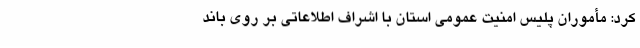
کرد: مأموران پلیس امنیت عمومی استان با اشراف اطلاعاتی بر روی باند